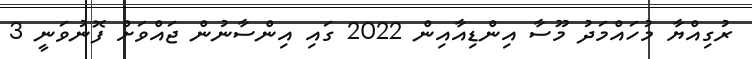
ރުގިއްޔާ މުހައްމަދު މޫސާ އިންޑިއާއިން 2022 ގައި އިންސާނުން ޖައްވަށް ފޮނުވަނީ 3